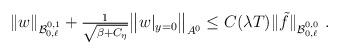
LaTeX: \begin{align*}\begin{array}{ll}\|w\|_{\mathcal{B}_{0,\ell}^{0,1}}+\frac{1}{\sqrt{\beta + C_{\eta}}}\big\|w|_{y=0} \big\|_{A^0}\leq C(\lambda T)\|\tilde{f}\|_{\mathcal{B}_{0,\ell}^{0,0}} \ .\end{array}\end{align*}